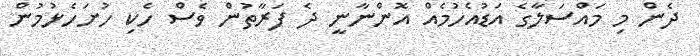
ދެން މި މައްސަލާގެ އަޑުއެހުމެއް އޮންނާނީ ދެ ފަރާތުން ވެސް ހެކި ހުށަހެޅުމުން